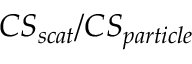
C S _ { s c a t } / C S _ { p a r t i c l e }